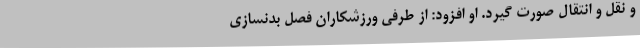
و نقل و انتقال صورت گیرد. او افزود: از طرفی ورزشکاران فصل بدنسازی